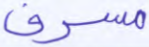
مسرف